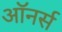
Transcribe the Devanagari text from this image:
अाॅनर्स